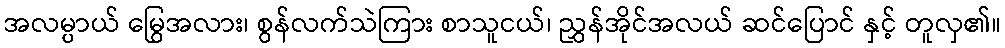
အလမ္ပာယ် မြွေအလား၊ စွန်လက်သဲကြား စာသူငယ်၊ ညွှန်အိုင်အလယ် ဆင်ပြောင် နှင့် တူလှ၏။